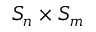
S _ { n } \times S _ { m }